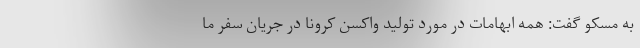
به مسکو گفت: همه ابهامات در مورد تولید واکسن کرونا در جریان سفر ما